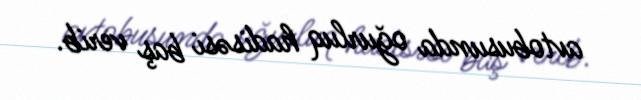
avtobusunda oğurluq hadisəsi baş verib.